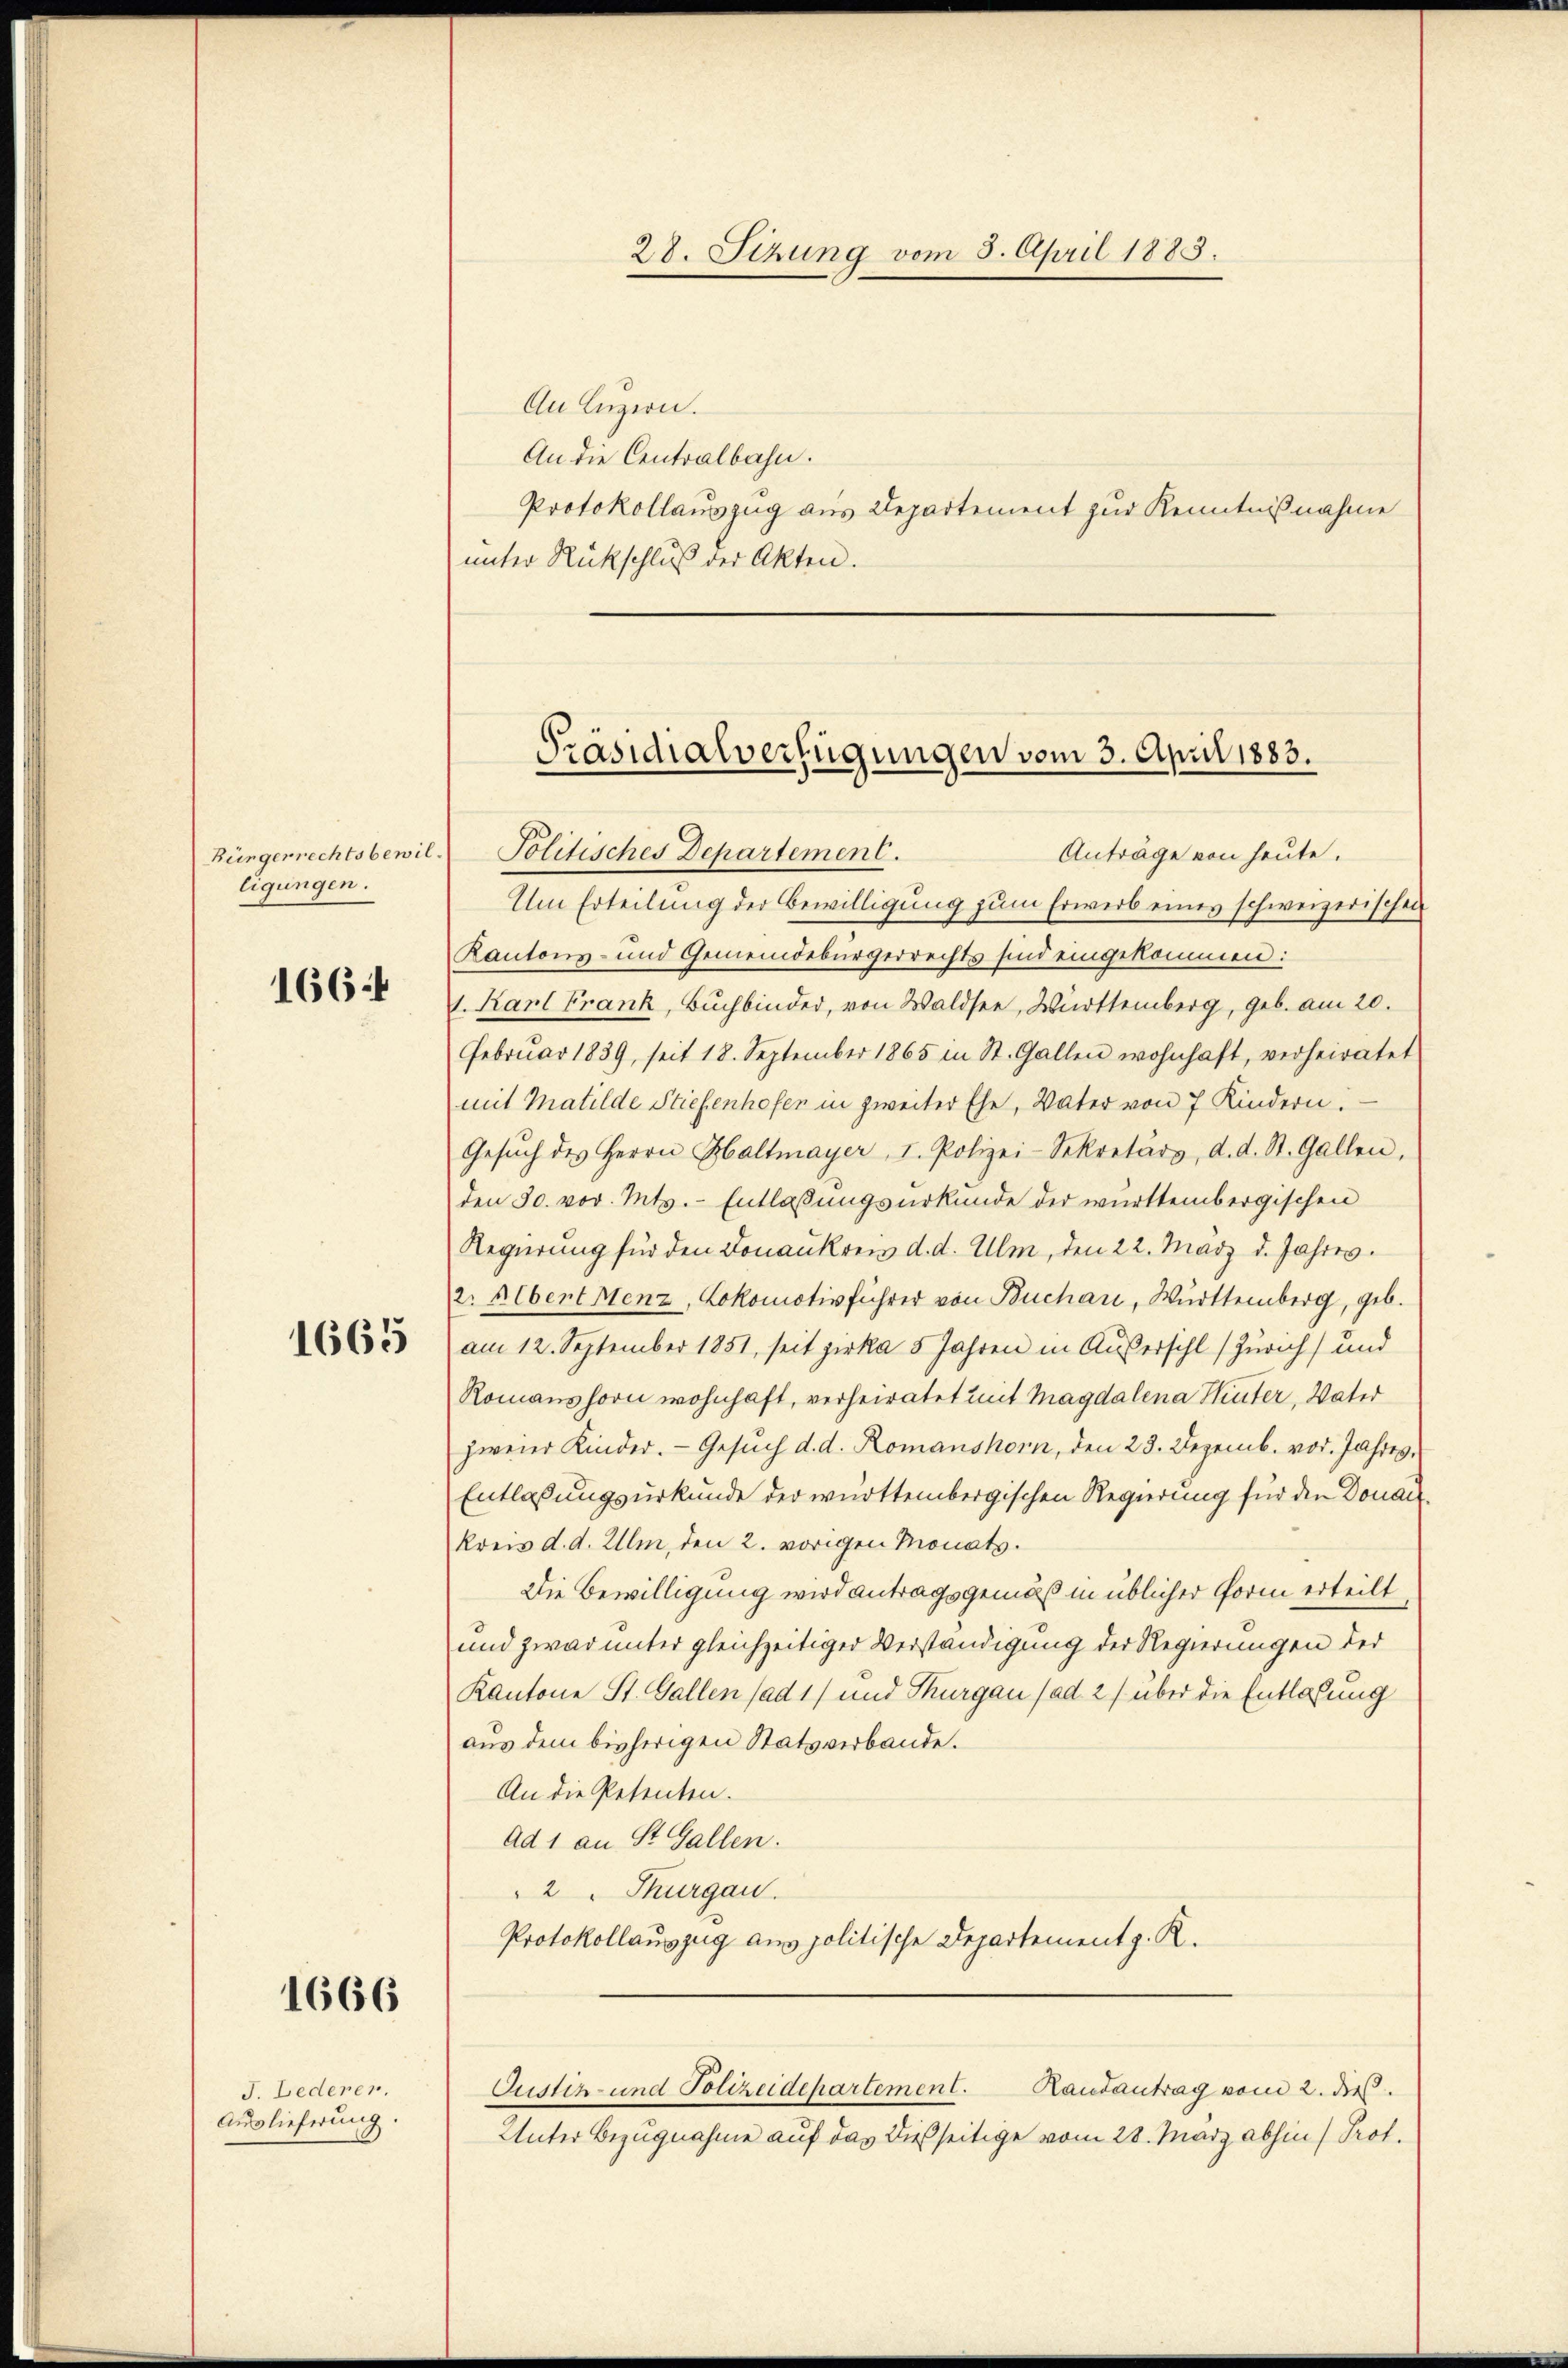
Bürgerrechtsbewilligungen.

1664

1665

1666

J. Lederen.
Auslieferung.

28. Sizung vom 3. April 1883.

An Luzern.
An die Centralbahn.
unter Rückschluß der Akten.

Protokollauszug aus Departement zur Kenntnißnahme

Präsidialverfügungen vom 3. April 1883.
Anträge von heute.
Politisches Departement.

Um Erteilung der Bewilligung zum Erwerb eines schweizerischen
Kantons- und Gemeindebürgerrechts sind eingekommen:
1. Karl Frank, Buchbinder, von Waldsee, Württemberg, geb. am 20.
Februar 1839, seit 18. September 1865 in St. Gallen wohnhaft, verheiratet
mit Matilde Stiefenhofen in zweiter Ehe, Vater von 7 Kindern.
Gesŭch des Herrn Haltmayer, I. Polizei-Sekretärs, d. d. St. Gallen,
den 30. vor. Mts. - Entlaßungsurkunde der württembergischen
Regierung für den Donaukreis d. d. Ulm, den 22. März d. Jahres.
2. Albertrenz, Lokomotivführer von Buchau, Württemberg, geb.
am 12. September 1851, seit zirka 5 Jahren in Außersihl (Zürich) und
Romanshorn wohnhaft, verheiratet mit Magdalena Hinter, Vater
zweier Kinder. Gesŭch d. d. Romanshorn, den 23. Dezemb. vor. Jahres-
Entlassungsurkunde der württembergischen Regierung für den Donanz
kreis d. d. Ulm, den 2. vorigen Monats.
Die Bewilligung wird antragsgemäß in üblicher Form erteilt
und zwar unter gleichzeitiger Verständigung der Regierungen der
Kantone St. Gallen (ad 1) und Thurgau (ad. 2) über die Entlastung
aus dem bisherigen Statsverbande.
An die Petenten.
ad 1 an St. Gallen.
2. Thurgau.
Protokollauszug aus politische Departement z. R.

Justiz- und Polizeidepartement.

Randantrag vom 2. dieß.
Unter Bezugnahme auf das dießseitige vom 28. März abhin) Prof.